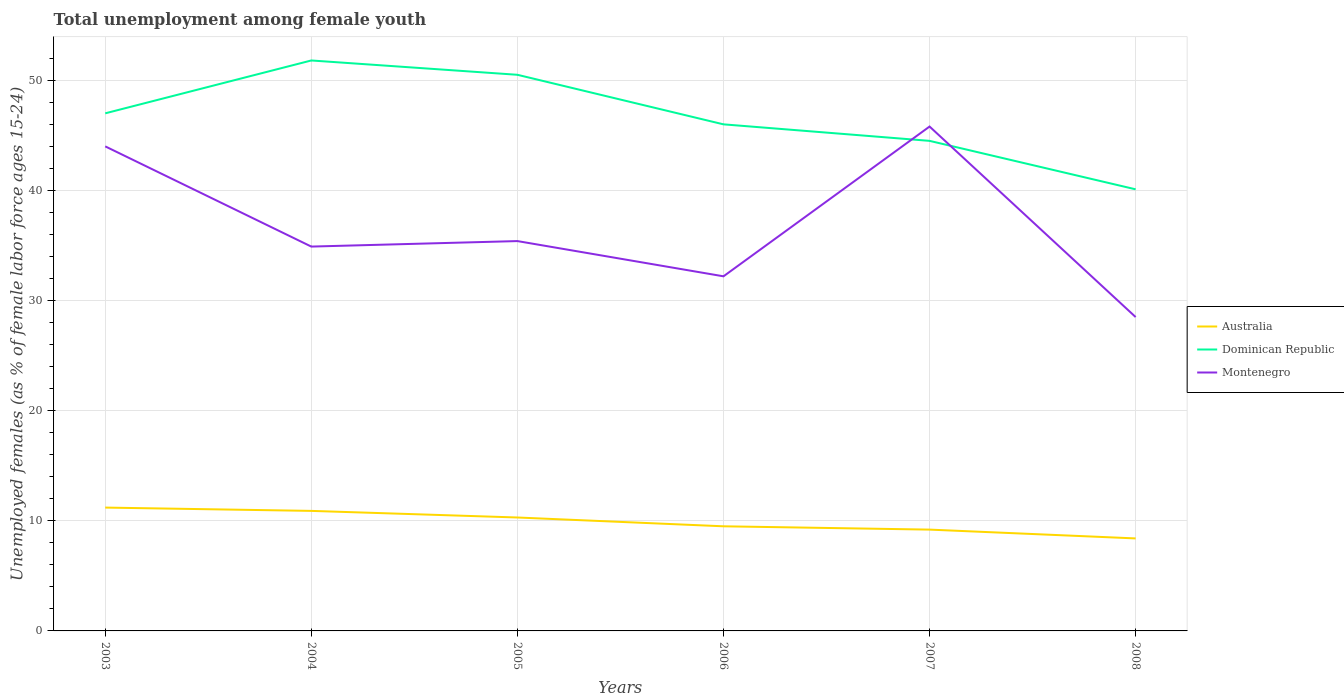
| Years | Australia | Dominican Republic | Montenegro |
 | --- | --- | --- | --- |
 | 2003 | 11.2 | 47 | 44 |
 | 2004 | 10.9 | 51.8 | 34.9 |
 | 2005 | 10.3 | 50.5 | 35.4 |
 | 2006 | 9.5 | 46 | 32.2 |
 | 2007 | 9.2 | 44.5 | 45.8 |
 | 2008 | 8.4 | 40.1 | 28.5 |